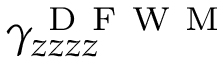
\gamma _ { z z z z } ^ { \mathrm { ~ D ~ F ~ W ~ M ~ } }